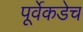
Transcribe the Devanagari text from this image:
पूर्वेकडेच